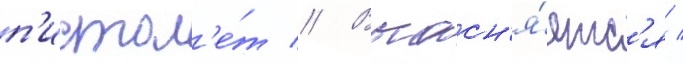
п'истол'е́т // Выасн'я́етс'я /